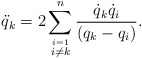
\begin{gather*} \ddot{q}_k=2\sum_{\stackrel{i=1}{i\neq k}}^n\frac{\dot{ q}_k\dot{q}_i}{ (q_k-q_i)} .\end{gather*}